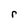
Character: r